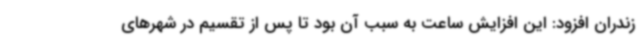
زندران افزود: این افزایش ساعت به سبب آن بود تا پس از تقسیم در شهرهای